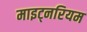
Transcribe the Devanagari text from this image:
माइट्नरियम